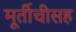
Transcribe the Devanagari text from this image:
मूर्तीचीसह